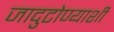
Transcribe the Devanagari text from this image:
जादुटोण्याशी